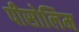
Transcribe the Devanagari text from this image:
पीसोलिम